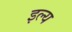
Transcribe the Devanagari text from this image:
इल्य